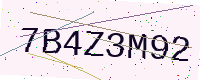
Text: 7B4Z3M92